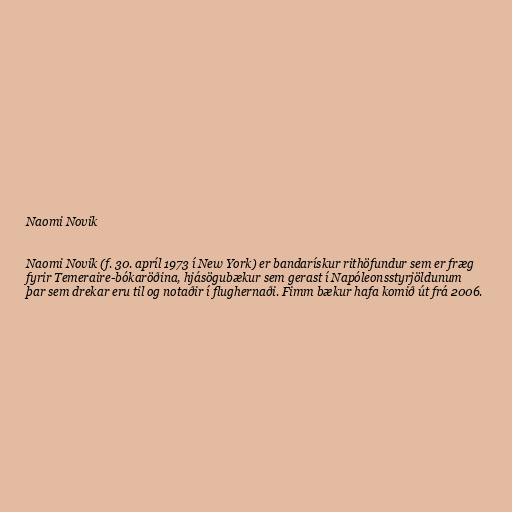
Naomi Novik

Naomi Novik (f. 30. apríl 1973 í New York) er bandarískur rithöfundur sem er fræg
fyrir Temeraire-bókaröðina, hjásögubækur sem gerast í Napóleonsstyrjöldunum
þar sem drekar eru til og notaðir í flughernaði. Fimm bækur hafa komið út frá 2006.